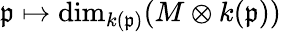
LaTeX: {\mathfrak{p}}\mapsto\dim_{k({\mathfrak{p}})}(M\otimes k({\mathfrak{p}}))